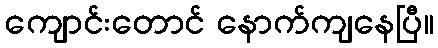
ကျောင်းတောင် နောက်ကျနေပြီ။